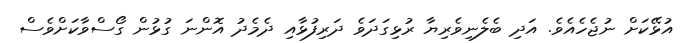
އުޅޭކަށް ނުޖެހެއެވެ. އަދި ބެލެނިވެރިޔާ ރުޅިގަދަވެ ދަރިފުޅާއި ދެމެދު އޮންނަ ގުޅުން ގޯސްވާކަށްވެސް